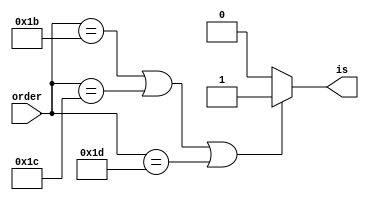
`define SB 6'd27
`define SH 6'd28
`define SW 6'd29


module Store(
    input wire [5:0] order,
    output reg is
);

always @(*) begin
    if(order==`SB || order==`SH || order==`SW) begin
        is=1'b1;
    end
    else begin
        is=1'b0;
    end
end

endmodule